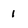
Character: 1